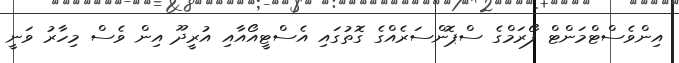
އިންވެސްޓްމަންޓް ފޯރަމްގެ ސްޕޮންސަރެއްގެ ގޮތުގައި އެސްޓީއޯއާއި އުރީދޫ އިން ވެސް މިހާރު ވަނީ